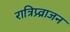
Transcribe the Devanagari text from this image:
रात्रिप्र्व्राजन